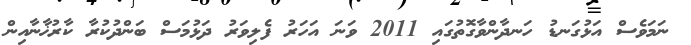
ނަމަވެސް އަޅުގަނޑު ހަނދާންވާގޮތުގައި 2011 ވަނަ އަހަރު ފެލިވަރު ދަޅުމަސް ބަންދުކުރާ ކާރުޚާނާއިން